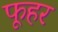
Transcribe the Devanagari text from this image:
फूहर